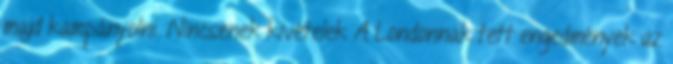
majd kampányolni. Nincsenek kivételek A Londonnak tett engedmények az